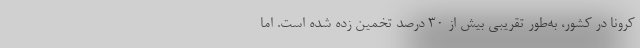
کرونا در کشور، به‌طور تقریبی بیش از ۳۰ درصد تخمین زده شده است. اما